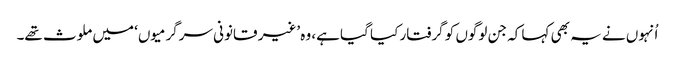
اُنہوں نے یہ بھی کہا کہ جن لوگوں کو گرفتار کیا گیا ہے، وہ ’غیر قانونی سرگرمیوں‘ میں ملوث تھے۔